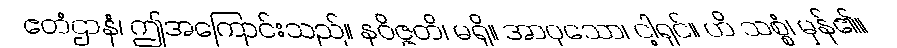
ဧတံဌာနံ၊ ဤအကြောင်းသည်။ နဝိဇ္ဇတိ၊ မရှိ။ အာဝုသော၊ ငါ့ရှင်။ ဟိ သစ္စံ၊ မှန်၏။